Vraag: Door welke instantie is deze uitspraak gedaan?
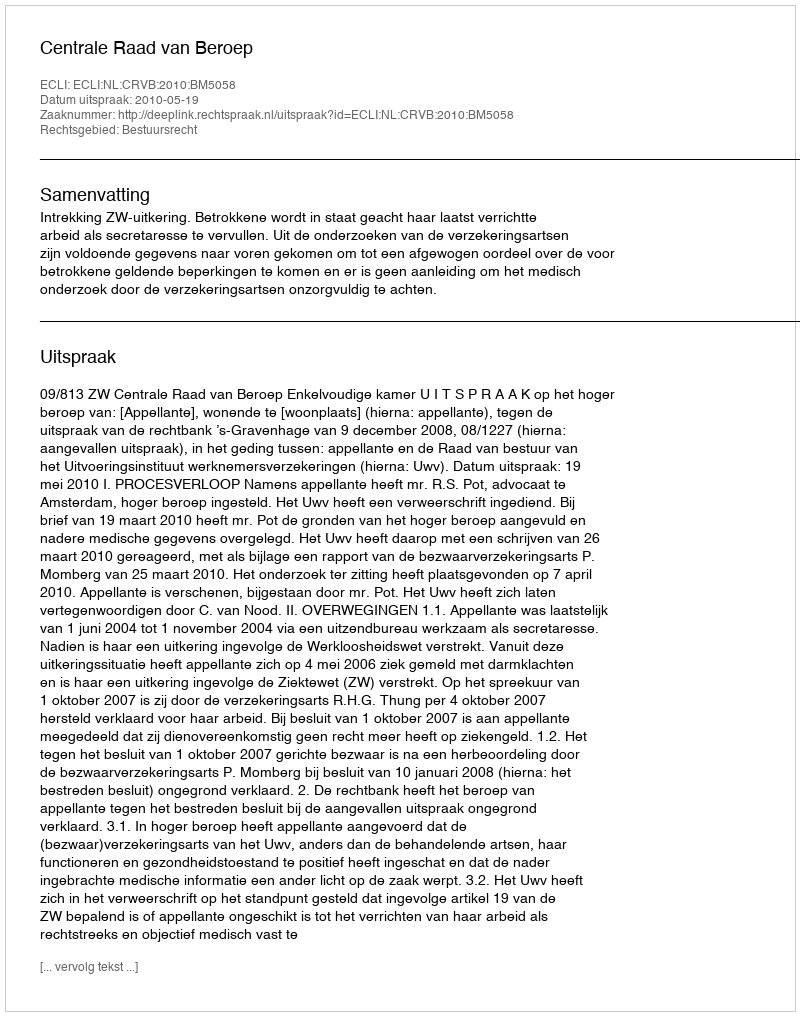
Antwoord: Centrale Raad van Beroep